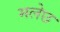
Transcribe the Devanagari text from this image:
मलेछ